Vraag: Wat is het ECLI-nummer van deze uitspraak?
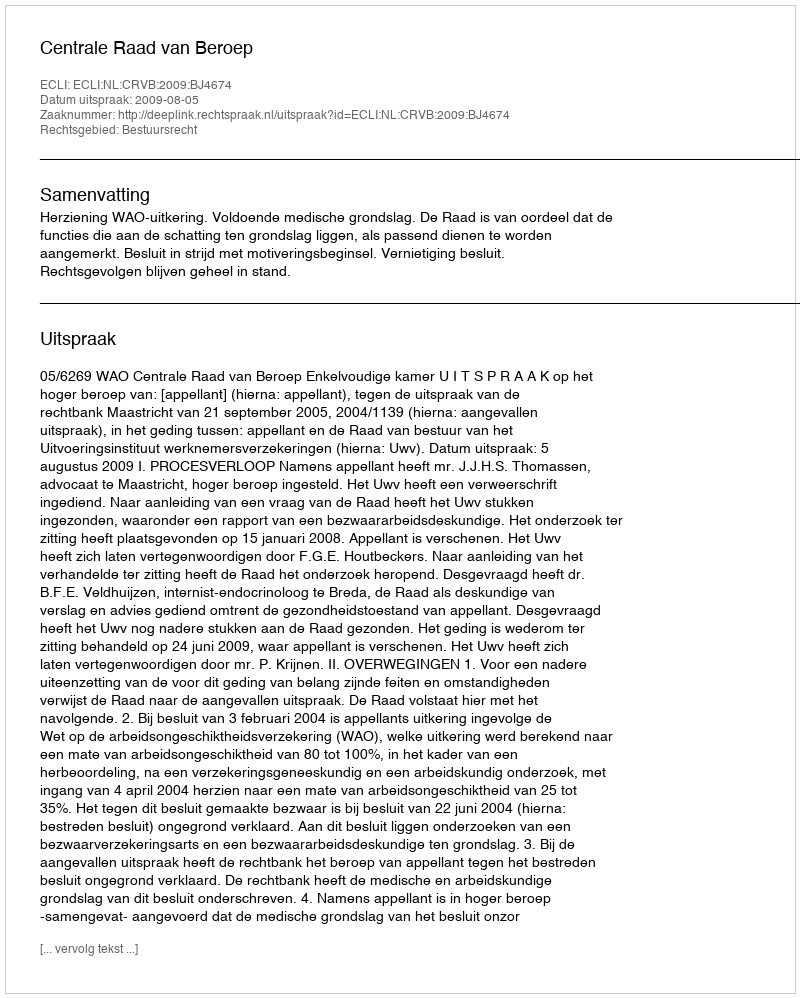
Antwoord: ECLI:NL:CRVB:2009:BJ4674